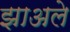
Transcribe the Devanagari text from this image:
झाअले